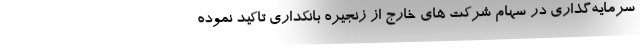
سرمایه‌گذاری در سهام شرکت های خارج از زنجیره بانکداری تاکید نموده